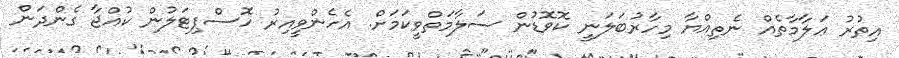
އިތުރު ޢަލާމާތެއް ނެތިއްޔާ މިހާރުބަލަނީ ކޮވޮޑުން ސަލާމަތްވީކަމަށް. އެހެންވީއިރު ހޮސްޕިޓަލުން ކުއްޖާ ގެންދަން